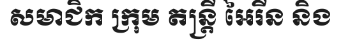
សមាជិក ក្រុម តន្ត្រី អៃរីន និង